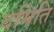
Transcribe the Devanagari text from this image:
वमिति